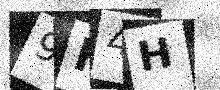
Text: 9F4H